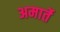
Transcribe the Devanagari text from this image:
अमार्ते